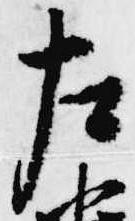
左